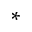
*